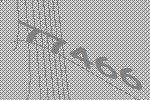
77466